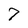
Character: 7